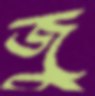
জু